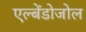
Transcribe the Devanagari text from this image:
एल्बेंडोजोल